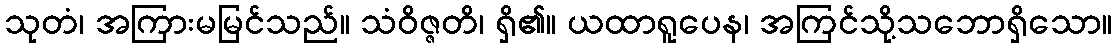
သုတံ၊ အကြားမမြင်သည်။ သံဝိဇ္ဇတိ၊ ရှိ၏။ ယထာရူပေန၊ အကြင်သို့သဘောရှိသော။